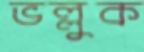
ভল্লুক